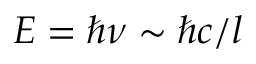
E = \hbar \nu \sim \hbar c / l